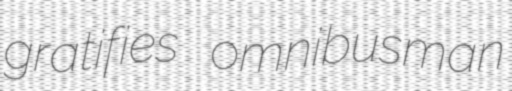
gratifies omnibusman